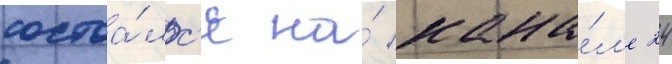
состоа́лс'я на́ кана́л'е 24